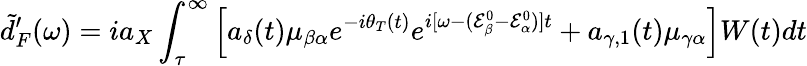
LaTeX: \tilde{d}_{F}^{\prime}(\omega)=ia_{X}\int_{\tau}^{\infty}\Big[a_{\delta}(t)\mu_{\beta\alpha}e^{-i\theta_{T}(t)}e^{i[\omega-(\mathcal{E}_{\beta}^{0}-\mathcal{E}_{\alpha}^{0})]t}+a_{\gamma,1}(t)\mu_{\gamma\alpha}\Big]W(t)dt